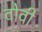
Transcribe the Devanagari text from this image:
वोवी